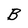
Character: B